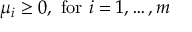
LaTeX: \mu _ { i } \geq 0 , { \mathrm { ~ f o r ~ } } i = 1 , \ldots , m